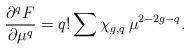
LaTeX: \begin{align*}\frac{{\partial}^qF}{{\partial}\mu^q}=q!\sum \chi_{g,q}\,\mu^{2-2g-q}.\end{align*}